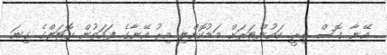
އޭނާ ގޮސް ތިރީ ކައުންޓަރަށް މަޑުކޮށްލި އިރު އޭނާގެ ފަހަތުން ހޮޓަލްގެ ގިނަ